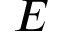
E